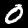
Digit: 0